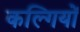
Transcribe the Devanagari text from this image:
कल्गियों